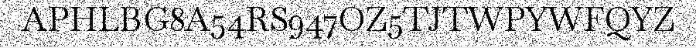
APHLBG8A54RS947OZ5TJTWPYWFQYZ